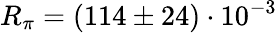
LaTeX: R_{\pi}=(114\pm 24)\cdot 10^{-3}